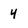
Character: 4